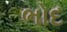
ભોદ